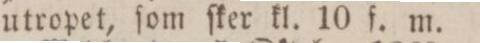
utropet, ſom ſker kl. 10 f. m.